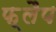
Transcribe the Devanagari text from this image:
फ़्लैप